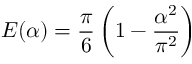
{ \cal E } ( \alpha ) = { \frac { \pi } { 6 } } \left( 1 - { \frac { \alpha ^ { 2 } } { \pi ^ { 2 } } } \right)